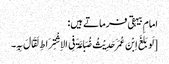
امام بیہقی فرماتے ہیں:
[لَو بَلَغَ اِبْنَ عُمَرَ حَدِیْثُ ضُبَاعَۃَ فِی الاِشْتِرَاطِ لَقَالَ بِہِ۔